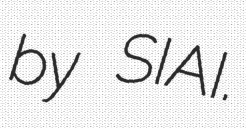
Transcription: by SIAI.